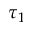
\tau _ { 1 }